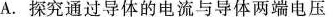
A.探究通过导体的电流与导体两端电压